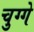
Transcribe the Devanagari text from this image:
चुग्गे